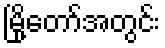
မြို့တော်အတွင်း